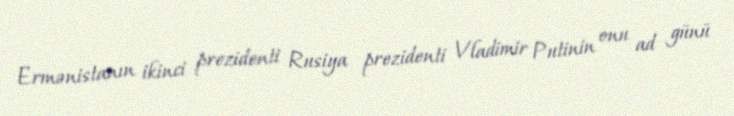
Ermənistanın ikinci prezidenti Rusiya prezidenti Vladimir Putinin onu ad günü